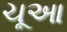
ચૂઆ